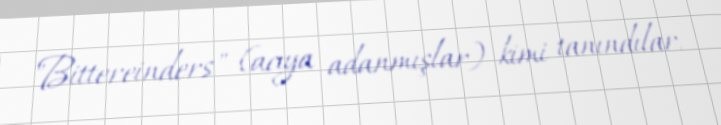
"Bittereinders" (acıya adanmışlar) kimi tanındılar.